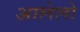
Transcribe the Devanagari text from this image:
आलेलो